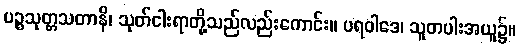
ပဉ္စသုတ္တသတာနိ၊ သုတ်ငါးရာတို့သည်လည်းကောင်း။ ပရဝါဒေ၊ သူတပါးအယူ၌။